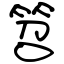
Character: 笤